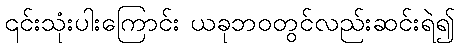
၎င်းသုံးပါးကြောင်း ယခုဘဝတွင်လည်းဆင်းရဲ၍